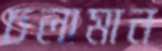
চলামান